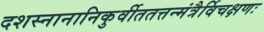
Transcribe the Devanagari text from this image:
दशस्नानानिकुर्वीततत्तन्मंत्रैर्विचक्षणः